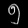
Digit: ၅